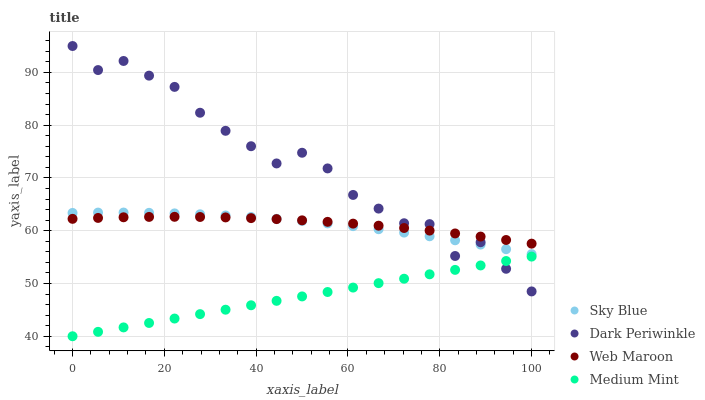
| xaxis_label | Sky Blue | Dark Periwinkle | Web Maroon | Medium Mint |
 | --- | --- | --- | --- | --- |
 | 0 | 63.4 | 95 | 62.2 | 40 |
 | 5.56 | 63.4 | 90.4 | 62.4 | 40.8 |
 | 11.1 | 63.4 | 92.2 | 62.5 | 41.7 |
 | 16.7 | 63.4 | 89.4 | 62.6 | 42.5 |
 | 22.2 | 63.3 | 87.3 | 62.6 | 43.4 |
 | 27.8 | 63.1 | 82.4 | 62.6 | 44.2 |
 | 33.3 | 62.9 | 78.9 | 62.5 | 45 |
 | 38.9 | 62.6 | 76 | 62.4 | 45.9 |
 | 44.4 | 62.3 | 72.7 | 62.2 | 46.7 |
 | 50 | 61.8 | 74.8 | 62 | 47.5 |
 | 55.6 | 61.4 | 71.8 | 61.7 | 48.4 |
 | 61.1 | 60.9 | 66.8 | 61.3 | 49.2 |
 | 66.7 | 60.3 | 64.2 | 61 | 50.1 |
 | 72.2 | 59.6 | 61.4 | 60.5 | 50.9 |
 | 77.8 | 58.9 | 61.3 | 60 | 51.7 |
 | 83.3 | 58.2 | 55.2 | 59.5 | 52.6 |
 | 88.9 | 57.4 | 57.8 | 58.9 | 53.4 |
 | 94.4 | 56.5 | 52.8 | 58.2 | 54.3 |
 | 100 | 55.6 | 48.5 | 57.5 | 55.1 |